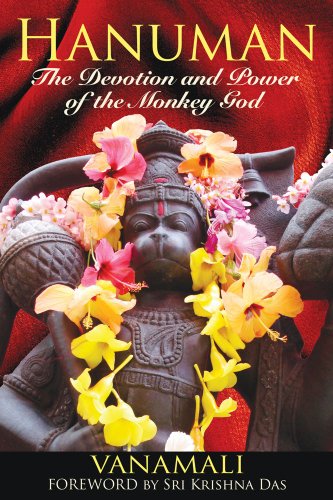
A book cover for Hanuman: The Devotion and Power of the Monkey God; Vanamali; Religion & Spirituality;